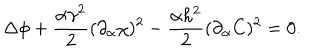
\Delta \phi + \frac { \alpha \gamma ^ { 2 } } { 2 } ( \partial _ { \alpha } \chi ) ^ { 2 } - \frac { \alpha h ^ { 2 } } { 2 } ( \partial _ { \alpha } C ) ^ { 2 } = 0 .